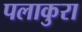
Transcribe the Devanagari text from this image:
पलाकुरा